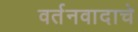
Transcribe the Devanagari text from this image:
वर्तनवादाचे